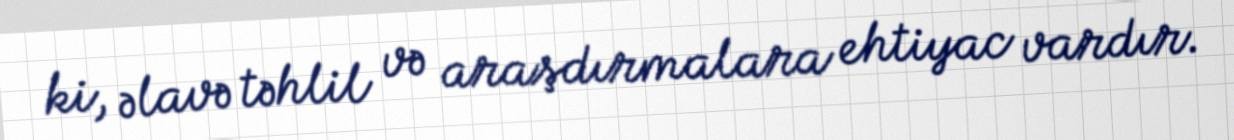
ki, əlavə təhlil və araşdırmalara ehtiyac vardır.